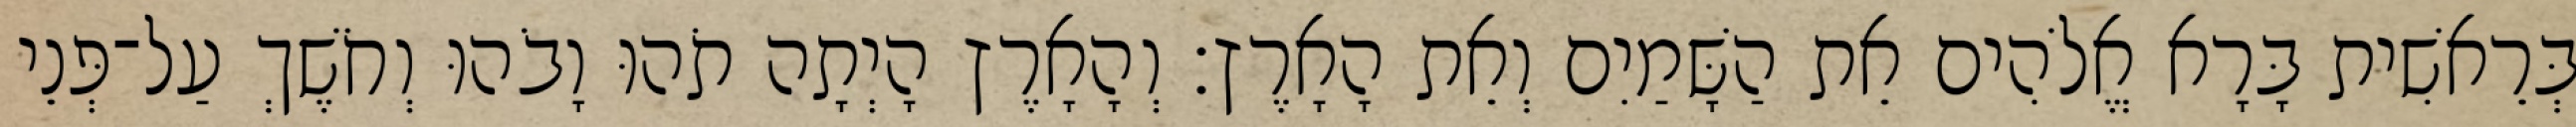
בְּרֵאשִׁית בָּרָא אֱלֹהִים אֵת הַשָּׁמַיִם וְאֵת הָאָרֶץ׃ וְהָאָרֶץ הָיְתָה תֹהוּ וָבֹהוּ וְחֹשֶׁךְ עַל־פְּנֵי